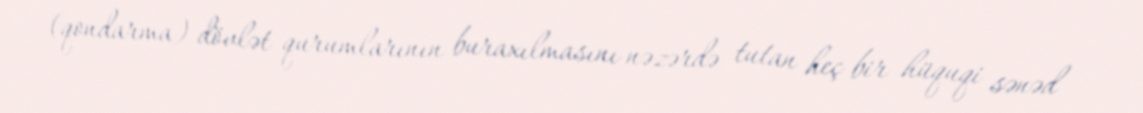
(qondarma) dövlət qurumlarının buraxılmasını nəzərdə tutan heç bir hüquqi sənəd